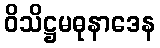
ဝိသိဋ္ဌမဓုနာဒေန